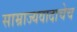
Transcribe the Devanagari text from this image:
साम्राज्यवादाचेच